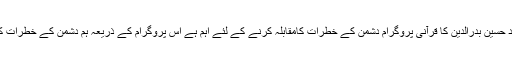
عبدالملک الحوثی نے کہا کہ سید حسین بدرالدین کا قرآنی پروگرام دشمن کے خطرات کامقابلہ کرنے کے لئے اہم ہے اس پروگرام کے ذریعہ ہم دشمن کے خطرات کا بھر پور مقابلہ کرسکتے ہیں۔